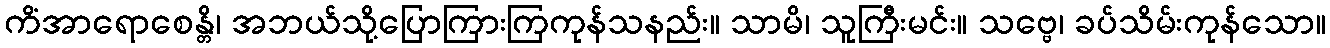
ကိံအာရောစေန္တိ၊ အဘယ်သို့ပြောကြားကြကုန်သနည်း။ သာမိ၊ သူကြီးမင်း။ သဗ္ဗေ၊ ခပ်သိမ်းကုန်သော။